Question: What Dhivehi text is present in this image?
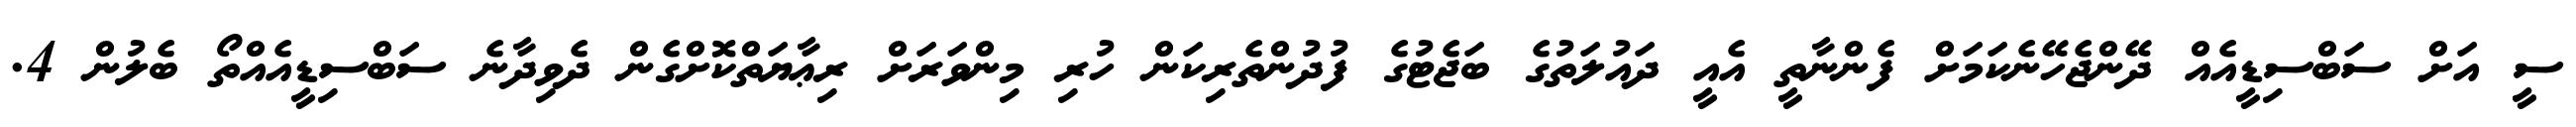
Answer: ސީ އަށް ސަބްސިޑީއެއް ދޭންޖެހޭނެކަމަށް ފެންނާތީ އެއީ ދައުލަތުގެ ބަޖެޓުގެ ފުދުންތެރިކަން ހުރި މިންވަރަށް ރިޢާޔަތްކޮށްގެން ދެވިދާނެ ސަބްސިޑީއެއްތޯ ބެލުން 4.